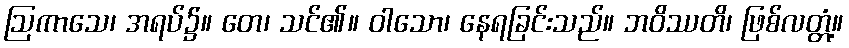
ဩကာသေ၊ အရပ်၌။ တေ၊ သင်၏။ ဝါသော၊ နေရခြင်းသည်။ ဘဝိဿတိ၊ ဖြစ်လတ္တံ့။